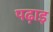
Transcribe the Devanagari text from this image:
पढ़ाइ